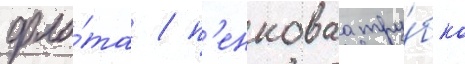
фло́та / п'енковаа тру́бка